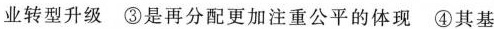
业转型升级③是再分配更加注重公平的体现④其基